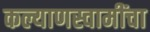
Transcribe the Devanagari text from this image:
कल्याणस्वामींचा